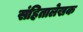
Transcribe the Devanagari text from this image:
संहितालेखक